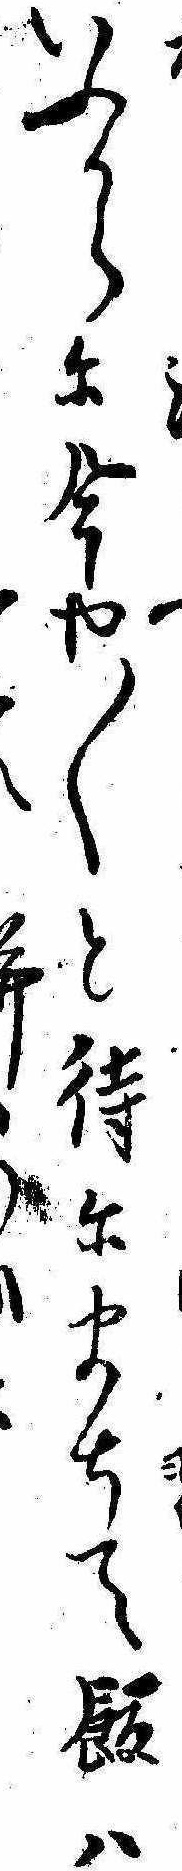
いふからに今や〱と待にまちて飯はへ